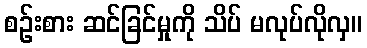
စဉ်းစား ဆင်ခြင်မှုကို သိပ် မလုပ်လိုလှ။